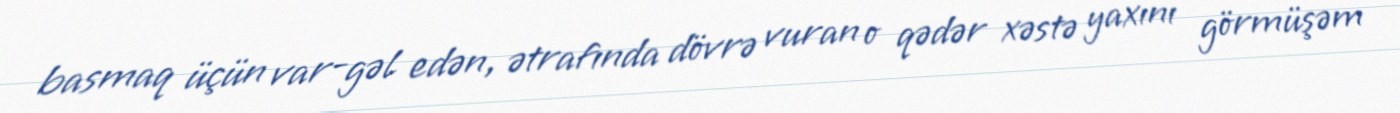
basmaq üçün var-gəl edən, ətrafında dövrə vuran o qədər xəstə yaxını görmüşəm